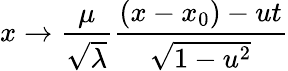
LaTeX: x\rightarrow\frac{\mu}{\sqrt{\lambda}}\frac{(x-x_{0})-ut}{\sqrt{1-u^{2}}}